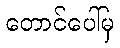
တောင်ပေါ်မှ